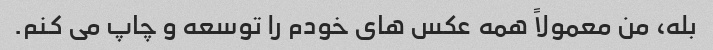
بله، من معمولاً همه عکس های خودم را توسعه و چاپ می کنم.